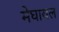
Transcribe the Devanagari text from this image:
मेघायल